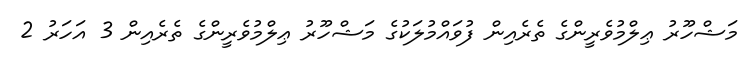
މަޝްހޫރު ޢިލްމުވެރީންގެ ތެރެއިން ފުވައްމުލަކުގެ މަޝްހޫރު ޢިލްމުވެރީންގެ ތެރެއިން 3 އަހަރު 2